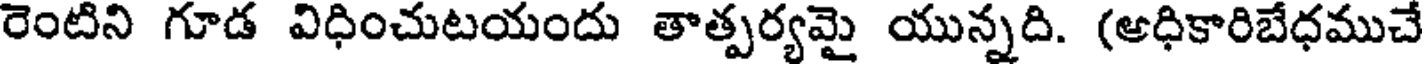
రెంటిని గూడ విధించుటయందు తాత్పర్యమై యున్నది. (ఆధికారిబేధముచే